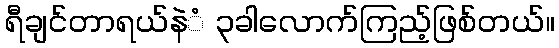
ရီချင်တာရယ်နဲံ ၃ခါလောက်ကြည့်ဖြစ်တယ်။